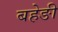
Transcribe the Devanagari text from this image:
बहेङी